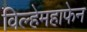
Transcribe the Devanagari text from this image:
विल्हेमहाफेन